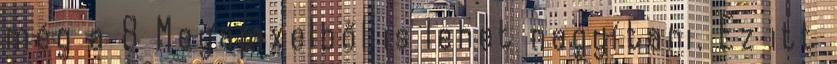
még a 8 Megapixelből is lehet nagyítani. Ez itt